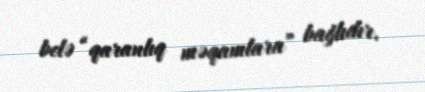
belə “qaranlıq məqamlara” bağlıdır.